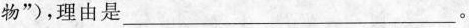
物”)，理由是___。